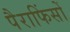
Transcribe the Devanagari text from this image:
पैराफिंसों